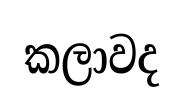
කලාවද